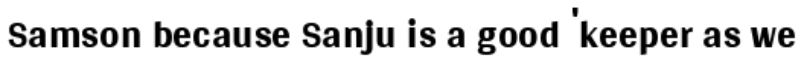
Samson because Sanju is a good 'keeper as we